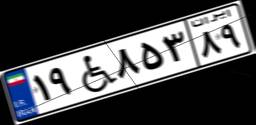
۳۰W۳۶۱۶۴